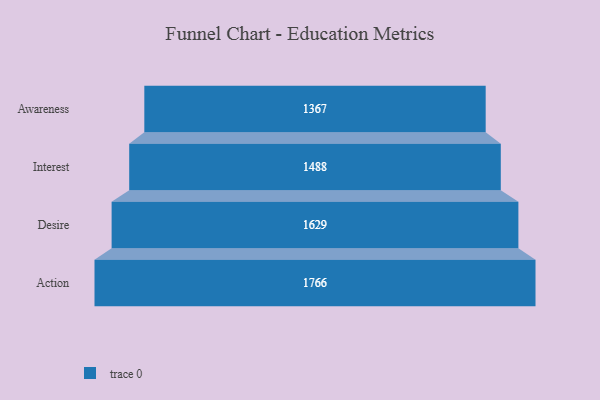
{"axis": {"x": "Stage", "y": "Value"}, "legend": [""], "data": [{"x": "Awareness", "y": 1367.0, "type": ""}, {"x": "Interest", "y": 1488.0, "type": ""}, {"x": "Desire", "y": 1629.0, "type": ""}, {"x": "Action", "y": 1766.0, "type": ""}]}